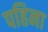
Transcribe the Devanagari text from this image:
पहिना